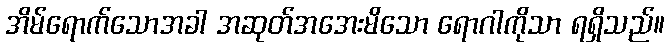
အိမ်ရောက်သောအခါ အဆုတ်အအေးမိသော ရောဂါကိုသာ ရရှိသည်။